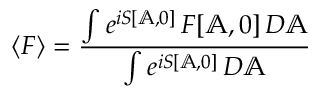
\langle F \rangle = { \frac { \int e ^ { i S [ \mathbb { A } , 0 ] } \, F [ \mathbb { A } , 0 ] \, { \cal D } \mathbb { A } } { \int e ^ { i S [ \mathbb { A } , 0 ] } \, { \cal D } \mathbb { A } } }